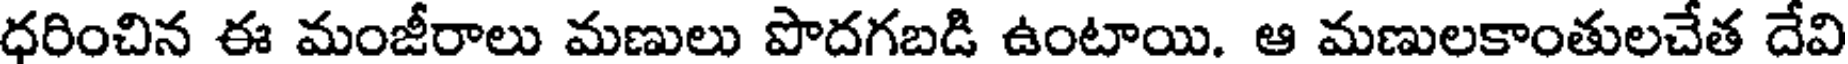
ధరించిన ఈ మంజీరాలు మణులు పొదగబడి ఉంటాయి. ఆ మణులకాంతులచేత దేవి